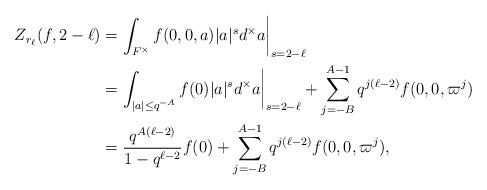
LaTeX: \begin{align*} Z_{r_\ell}(f,2-\ell)&=\int_{F^\times}f(0,0,a)|a|^s d^\times a \bigg |_{s=2-\ell}\\ &=\int_{|a|\le q^{-A}}f(0)|a|^s d^\times a \bigg |_{s=2-\ell}+\sum_{j=-B}^{A-1} q^{j(\ell-2)}f(0,0,\varpi^j)\\ &=\frac{q^{A(\ell-2)}}{1-q^{\ell-2}}f(0)+\sum_{j=-B}^{A-1} q^{j(\ell-2)}f(0,0,\varpi^j),\end{align*}